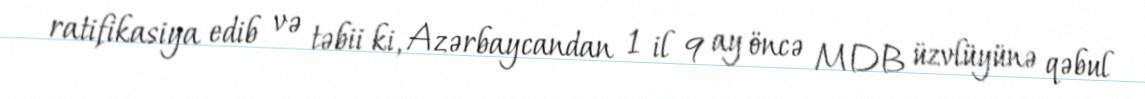
ratifikasiya edib və təbii ki, Azərbaycandan 1 il 9 ay öncə MDB üzvlüyünə qəbul